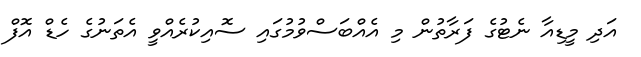
އަދި މީޑިއާ ނެޓުގެ ފަރާތުން މި އެއްބަސްވުމުގައި ސޮއިކުރެއްވީ އެތަނުގެ ހެޑް އޮފް